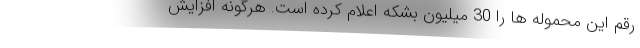
رقم این محموله ها را 30 میلیون بشکه اعلام کرده است. هرگونه افزایش